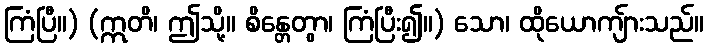
ကြံပြီ။) (ဣတိ၊ ဤသို့။ စိန္တေတွာ၊ ကြံပြီး၍။) သော၊ ထိုယောကျ်ားသည်။